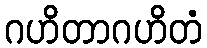
ဂဟိတာဂဟိတံ